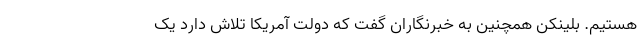
هستیم. بلینکن همچنین به خبرنگاران گفت که دولت آمریکا تلاش دارد یک